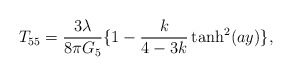
\begin{align*}T_{55}=\frac{3\lambda}{8\pi G_5}\{1-\frac{k}{4-3k}\tanh^2(ay)\},\end{align*}